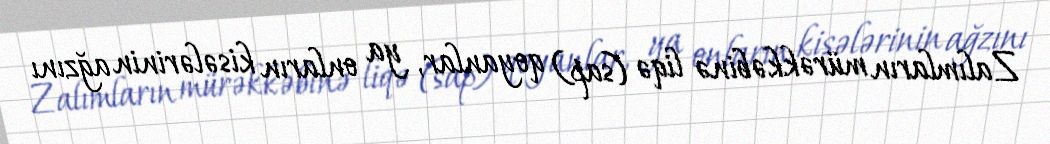
Zalımların mürəkkəbinə liqə (sap) qoyanlar, ya onların kisələrinin ağzını